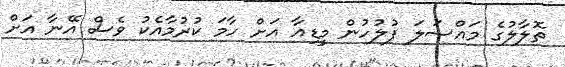
ތޮލާލުގެ މައްސަލަ ފުލުހުން މީޑިއާ އަށް ހާމަ ކުރުމާއެކު ވެސް އޭނާ އަށް